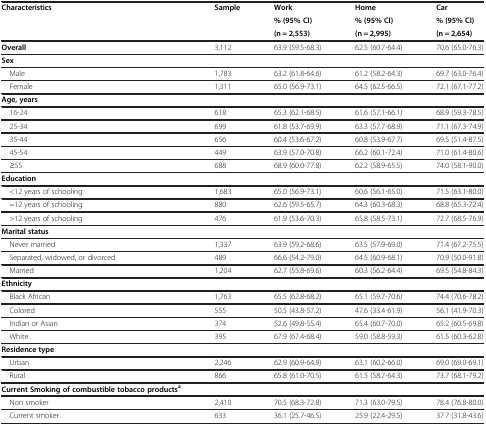
<table><thead><tr><td><b>Characteristics</b></td><td><b>Sample</b></td><td><b>Work</b></td><td><b>Home</b></td><td><b>Car</b></td></tr><tr><td><b> </b></td><td><b> </b></td><td><b>% (95% CI)</b></td><td><b>% (95% CI)</b></td><td><b>% (95% CI)</b></td></tr><tr><td><b> </b></td><td><b> </b></td><td><b>(n = 2,553)</b></td><td><b>(n = 2,995)</b></td><td><b>(n = 2,654)</b></td></tr></thead><tbody><tr><td><b>Overall</b></td><td>3,112</td><td>63.9 (59.5-68.3)</td><td>62.5 (60.7-64.4)</td><td>70.6 (65.0-76.3)</td></tr><tr><td><b>Sex</b></td><td> </td><td> </td><td> </td><td> </td></tr><tr><td> Male</td><td>1,783</td><td>63.2 (61.8-64.6)</td><td>61.2 (58.2-64.3)</td><td>69.7 (63.0-76.4)</td></tr><tr><td> Female</td><td>1,311</td><td>65.0 (56.9-73.1)</td><td>64.5 (62.5-66.5)</td><td>72.1 (67.1-77.2)</td></tr><tr><td><b>Age, years</b></td><td> </td><td> </td><td> </td><td> </td></tr><tr><td> 16-24</td><td>618</td><td>65.3 (62.1-68.5)</td><td>61.6 (57.1-66.1)</td><td>68.9 (59.3-78.5)</td></tr><tr><td> 25-34</td><td>699</td><td>61.8 (53.7-69.9)</td><td>63.3 (57.7-68.9)</td><td>71.1 (67.3-74.9)</td></tr><tr><td> 35-44</td><td>656</td><td>60.4 (53.6-67.2)</td><td>60.8 (53.9-67.7)</td><td>69.5 (51.4-87.5)</td></tr><tr><td> 45-54</td><td>449</td><td>63.9 (57.0-70.8)</td><td>66.2 (60.1-72.4)</td><td>71.0 (61.4-80.6)</td></tr><tr><td> ≥55</td><td>688</td><td>68.9 (60.0-77.8)</td><td>62.2 (58.9-65.5)</td><td>74.0 (58.1-90.0)</td></tr><tr><td><b>Education</b></td><td> </td><td> </td><td> </td><td> </td></tr><tr><td> &lt;12 years of schooling</td><td>1,683</td><td>65.0 (56.9-73.1)</td><td>60.6 (56.1-65.0)</td><td>71.5 (63.1-80.0)</td></tr><tr><td> =12 years of schooling</td><td>880</td><td>62.6 (59.5-65.7)</td><td>64.3 (60.3-68.3)</td><td>68.8 (65.3-72.4)</td></tr><tr><td> &gt;12 years of schooling</td><td>476</td><td>61.9 (53.6-70.3)</td><td>65.8 (58.5-73.1)</td><td>72.7 (68.5-76.9)</td></tr><tr><td><b>Marital status</b></td><td> </td><td> </td><td> </td><td> </td></tr><tr><td> Never married</td><td>1,337</td><td>63.9 (59.2-68.6)</td><td>63.5 (57.9-69.0)</td><td>71.4 (67.2-75.5)</td></tr><tr><td> Separated, widowed, or divorced</td><td>489</td><td>66.6 (54.2-79.0)</td><td>64.5 (60.9-68.1)</td><td>70.9 (50.0-91.8)</td></tr><tr><td> Married</td><td>1,204</td><td>62.7 (55.8-69.6)</td><td>60.3 (56.2-64.4)</td><td>69.5 (54.8-84.3)</td></tr><tr><td><b>Ethnicity</b></td><td> </td><td> </td><td> </td><td> </td></tr><tr><td> Black African</td><td>1,763</td><td>65.5 (62.8-68.2)</td><td>65.1 (59.7-70.6)</td><td>74.4 (70.6-78.2)</td></tr><tr><td> Colored</td><td>555</td><td>50.5 (43.8-57.2)</td><td>47.6 (33.4-61.9)</td><td>56.1 (41.9-70.3)</td></tr><tr><td> Indian or Asian</td><td>374</td><td>52.6 (49.8-55.4)</td><td>65.4 (60.7-70.0)</td><td>65.2 (60.5-69.8)</td></tr><tr><td> White</td><td>395</td><td>67.9 (67.4-68.4)</td><td>59.0 (58.8-59.3)</td><td>61.5 (60.3-62.8)</td></tr><tr><td><b>Residence type</b></td><td> </td><td> </td><td> </td><td> </td></tr><tr><td> Urban</td><td>2,246</td><td>62.9 (60.9-64.9)</td><td>63.1 (60.2-66.0)</td><td>69.0 (69.0-69.1)</td></tr><tr><td> Rural</td><td>866</td><td>65.8 (61.0-70.5)</td><td>61.5 (58.7-64.3)</td><td>73.7 (68.1-79.2)</td></tr><tr><td><b>Current Smoking of combustible tobacco products</b><sup><b>a</b></sup></td><td> </td><td> </td><td> </td><td> </td></tr><tr><td> Non smoker</td><td>2,410</td><td>70.5 (68.3-72.8)</td><td>71.3 (63.0-79.5)</td><td>78.4 (76.8-80.0)</td></tr><tr><td> Current smoker</td><td>633</td><td>36.1 (25.7-46.5)</td><td>25.9 (22.4-29.5)</td><td>37.7 (31.8-43.6)</td></tr></tbody></table>